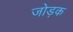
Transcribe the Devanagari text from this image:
जोड़क